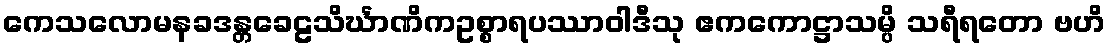
ကေသလောမနခဒန္တခေဠသိင်္ဃာဏိကဥစ္စာရပဿာဝါဒီသု ဧကကောဋ္ဌာသမ္ပိ သရီရတော ဗဟိ